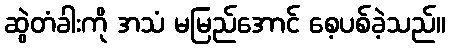
ဆွဲတံခါးကို အသံ မမြည်အောင် စေ့ပစ်ခဲ့သည်။